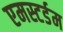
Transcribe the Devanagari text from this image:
एमस्टर्डम